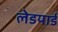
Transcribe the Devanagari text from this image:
लेडयार्ड